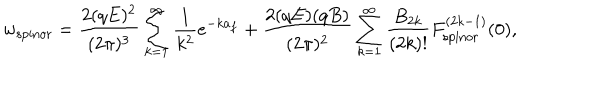
LaTeX: w _ { \mathrm { s p i n o r } } = \frac { 2 ( q E ) ^ { 2 } } { ( 2 \pi ) ^ { 3 } } \sum _ { k = 1 } ^ { \infty } \frac { 1 } { k ^ { 2 } } e ^ { - k a _ { f } } + \frac { 2 ( q E ) ( q B ) } { ( 2 \pi ) ^ { 2 } } \sum _ { k = 1 } ^ { \infty } \frac { B _ { 2 k } } { ( 2 k ) ! } F _ { \mathrm { s p i n o r } } ^ { ( 2 k - 1 ) } ( 0 ) ,